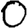
Digit: 0